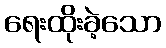
ရေးထိုးခဲ့သော